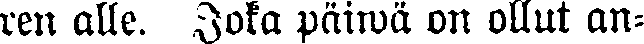
ren alle. Jota päiwä on ollut an-